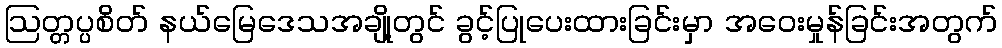
ဩတ္တပ္ပစိတ် နယ်မြေဒေသအချို့တွင် ခွင့်ပြုပေးထားခြင်းမှာ အဝေးမှုန်ခြင်းအတွက်